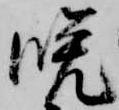
晩